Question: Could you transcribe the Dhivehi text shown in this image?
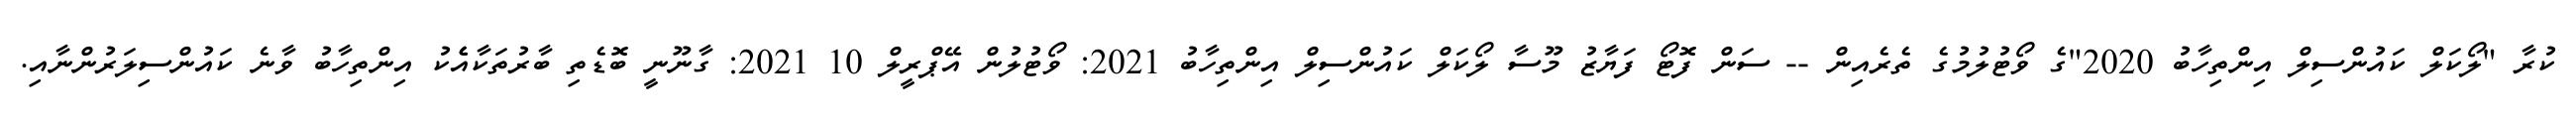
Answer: ކުރާ "ލޯކަލް ކައުންސިލް އިންތިހާބު 2020"ގެ ވޯޓުލުމުގެ ތެރެއިން -- ސަން ފޮޓޯ ފަޔާޒު މޫސާ ލޯކަލް ކައުންސިލް އިންތިހާބު 2021: ވޯޓުލުން އޭޕްރީލް 10 2021: ގާނޫނީ ބޮޑެތި ބާރުތަކާއެެކު އިންތިހާބު ވާނެ ކައުންސިލަރުންނާއި.